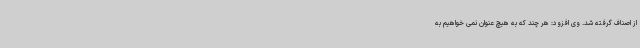
از اصناف گرفته شد. وی افزود: هر چند که به هیچ عنوان نمی خواهیم به